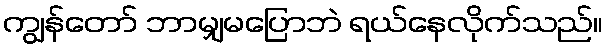
ကျွန်တော် ဘာမျှမပြောဘဲ ရယ်နေလိုက်သည်။